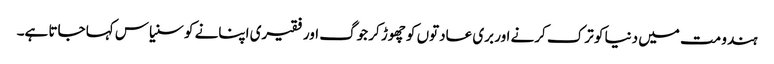
ہندو مت میں دنیا کو ترک کرنے اور بری عادتوں کو چھوڑ کر جوگ اور فقیری اپنانے کو سنیاس کہا جاتا ہے۔